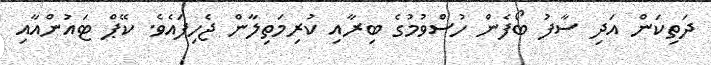
ދަތިކަން އަދި ސާފު ބޯފެން ހުސްވުމުގެ ބިރާއި ކުރިމަތިލާން ޖެހިފައެވެ. ކޭޕް ޓައުންއާއި